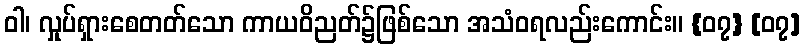
ဝါ၊ လှုပ်ရှားစေတတ်သော ကာယဝိညတ်၌ဖြစ်သော အသံဝရလည်းကောင်း။ {၀၇} [၀၇]